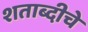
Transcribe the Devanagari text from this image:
शताब्दीचे